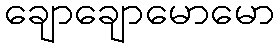
ချောချောမောမော